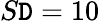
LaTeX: S\mathtt{D}=10